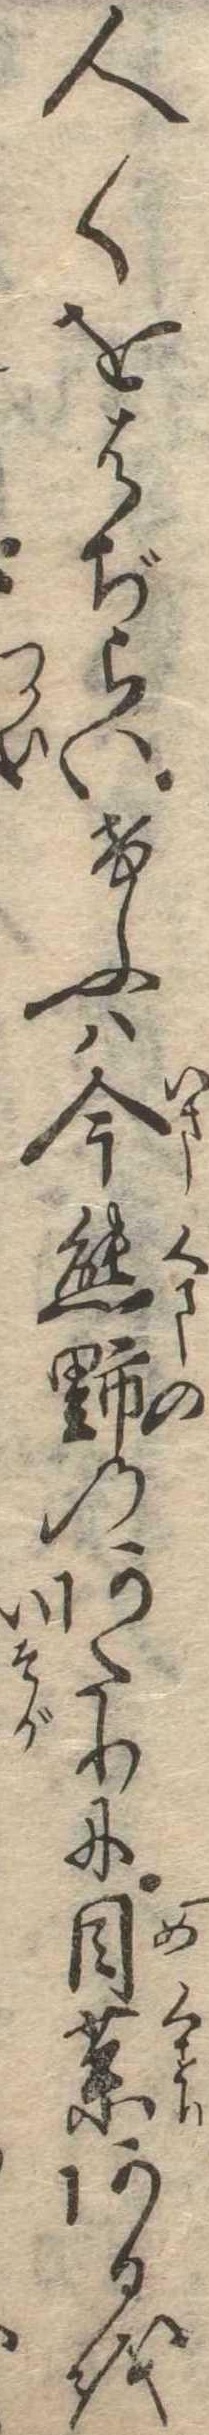
人〱をはぢらいけふは今熊野のあたりに目薬あるを